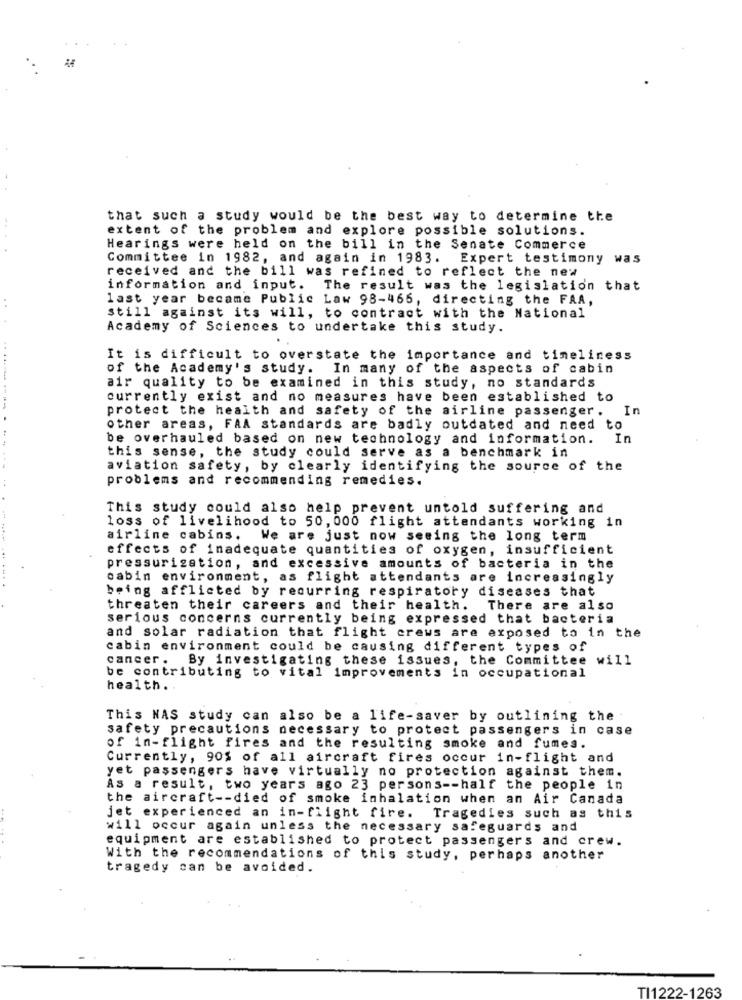
that such a study would be the best way to determine the
extent of the problem and explore possible solutions.
Hearings were held on the bill in the Senate Commerce
Committee in 1982, and again in 1983. Expert testimony was
received and the bill was refined to reflect the new
information and input. The result was the legislation that
..
last year became Public Law 98-465, directing the FAA,
still against its will, to contract with the National
Academy of Sciences to undertake this study.
It is difficult to overstate the importance and timeliness
of the Academy's study. In many of the aspects of cabin
air quality to be examined in this study, no standards
currently exist and no measures have been established to
protect the health and safety of the airline passenger .
In
other areas, FAA standards are badly outdated and need to
be overhauled based on new technology and information. In
this sense, the study could serve as a benchmark in
aviation safety, by clearly identifying the source of the
problems and recommending remedies.
This study could also help prevent untold suffering and
loss of livelihood to 50, 000 flight attendants working in
airline cabins.
We are just now seeing the long term
effects of inadequate quantities of oxygen, insufficient
pressurization, and excessive amounts of bacteria in the
cabin environment, as flight attendants are increasingly
being afflicted by recurring respiratory diseases that
threaten their careers and their health.
There are also
serious concerns currently being expressed that bacteria
and solar radiation that flight crews are exposed to in the
cabin environment could be causing different types of
cancer.
By investigating these issues, the Committee
will
be contributing to vital improvements in occupational
health.
This NAS study can also be a life-saver by outlining the
safety precautions necessary to protect passengers in case
of in-flight fires and the resulting smoke and fumes.
Currently, 90% of all aircraft fires occur in-flight and
yet passengers have virtually no protection against them.
As a result, two years ago 23 persons -- half the people in
the aircraft -- died of smoke inhalation when an Air Canada
jet experienced an in-flight fire. Tragedies such as this
will occur again unless the necessary safeguards and
equipment are established to protect passengers and crew.
With the recommendations of this study, perhaps another
tragedy can be avoided.
TI1222-1263